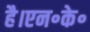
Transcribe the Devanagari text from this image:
है।एन॰के॰